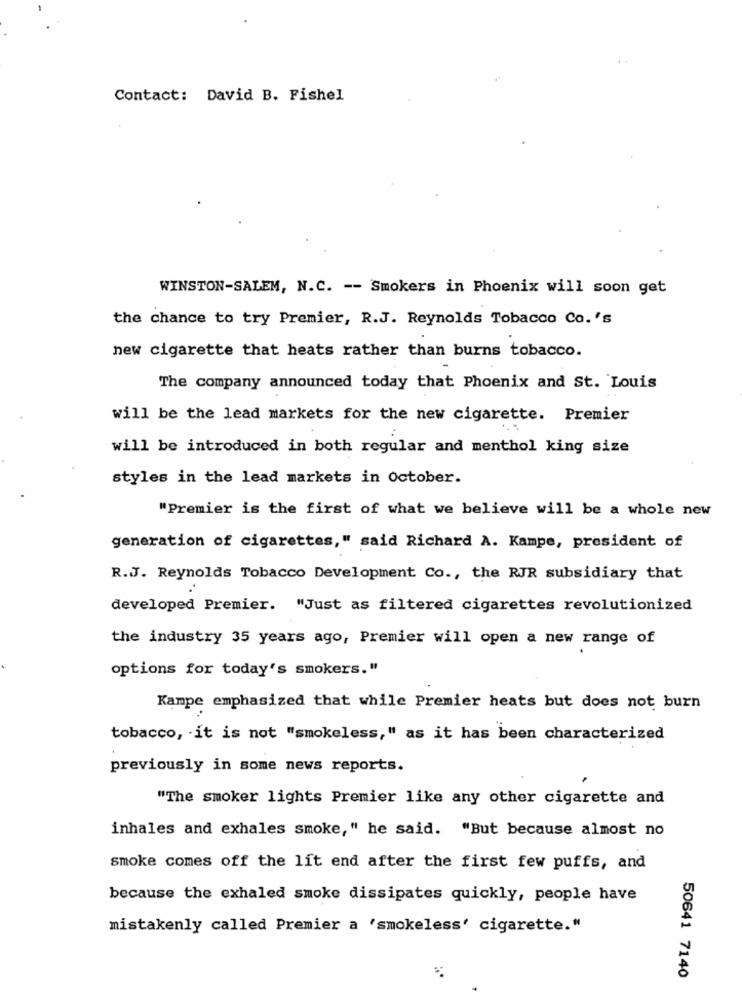
Contact: David B. Fishel
WINSTON-SALEM, N.C. -- Smokers in Phoenix will soon get
the chance to try Premier, R.J. Reynolds Tobacco Co. 's
new cigarette that heats rather than burns tobacco.
The company announced today that Phoenix and St. Louis
will be the lead markets for the new cigarette. Premier
will be introduced in both regular and menthol king size
styles in the lead markets in October.
"Premier is the first of what we believe will be a whole new
generation of cigarettes," said Richard A. Kampe, president of
R.J. Reynolds Tobacco Development Co ., the RJR subsidiary that
developed Premier. "Just as filtered cigarettes revolutionized
the industry 35 years ago, Premier will open a new range of
options for today's smokers."
Kampe emphasized that while Premier heats but does not burn
tobacco, it is not "smokeless," as it has been characterized
previously in some news reports.
"The smoker lights Premier like any other cigarette and
inhales and exhales smoke," he said. "But because almost no
smoke comes off the lit end after the first few puffs, and
because the exhaled smoke dissipates quickly, people have
mistakenly called Premier a 'smokeless' cigarette."
50641 7140